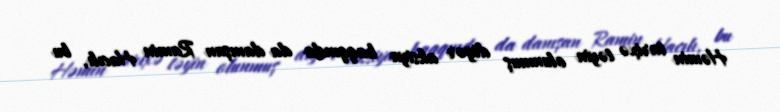
Həmin tarixə təyin olunmuş digər aksiya haqqında da danışan Ramin Hacılı, bu